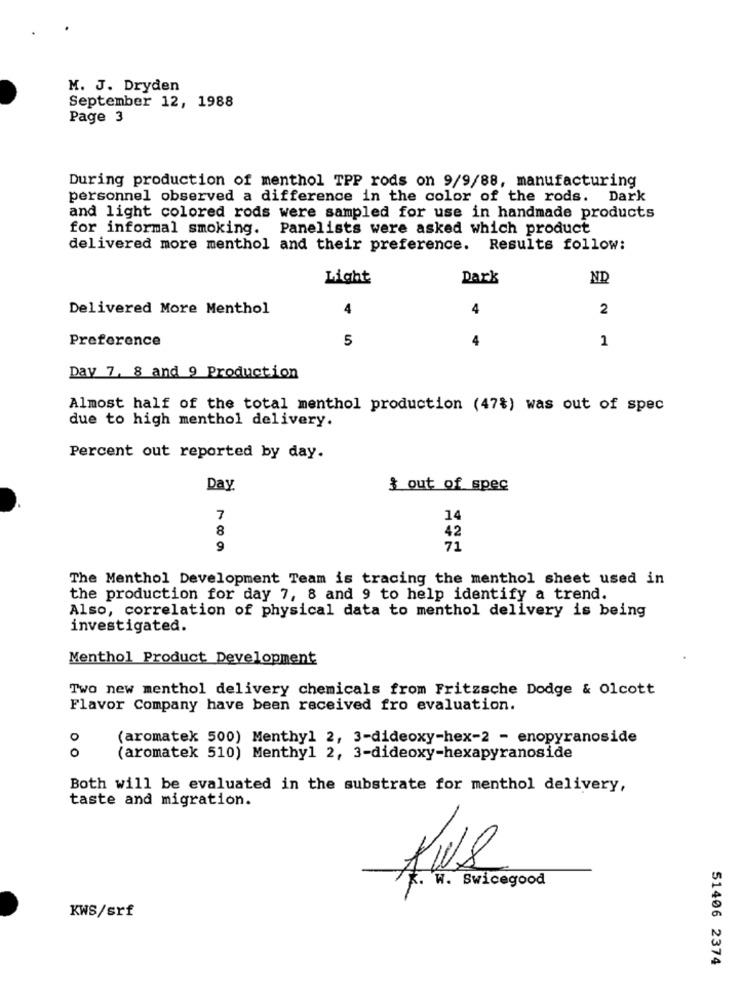
M. J. Dryden
September 12, 1988
Page 3
During production of menthol TPP rods on 9/9/88, manufacturing
personnel observed a difference in the color of the rods. Dark
and light colored rods were sampled for use in handmade products
for informal smoking. Panelists were asked which product
delivered more menthol and their preference. Results follow:
Light
Dark
ND
Delivered More Menthol
4
4
2
Preference
5
4
1
Day 7, 8 and 9 Production
Almost half of the total menthol production (47%) was out of spec
due to high menthol delivery.
Percent out reported by day.
Day.
& out of spec
7
14
8
42
9
71
The Menthol Development Team is tracing the menthol sheet used in
the production for day 7, 8 and 9 to help identify a trend.
Also, correlation of physical data to menthol delivery is being
investigated.
Menthol Product Development
Two new menthol delivery chemicals from Fritzsche Dodge & Olcott
Flavor Company have been received fro evaluation.
0
(aromatek 500) Menthyl 2, 3-dideoxy-hex-2 - enopyranoside
0
(aromatek 510) Menthyl 2, 3-dideoxy-hexapyranoside
Both will be evaluated in the substrate for menthol delivery,
taste and migration.
K. W. Swicegood
KWS/srf
51406 2374